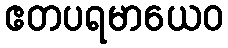
ဧတပရမာယေဝ